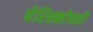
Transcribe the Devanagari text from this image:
पेरिस्कोपही